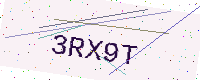
Text: 3RX9T